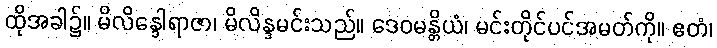
ထိုအခါ၌။ မိလိန္ဒေါရာဇာ၊ မိလိန္ဒမင်းသည်။ ဒေဝမန္တိယံ၊ မင်းတိုင်ပင်အမတ်ကို။ ဧတံ၊